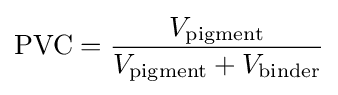
{\text{PVC}}={\frac {V_{\text{pigment}}}{V_{\text{pigment}}+V_{\text{binder}}}}